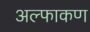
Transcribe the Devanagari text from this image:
अल्फाकण